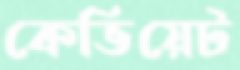
কেভিয়েট